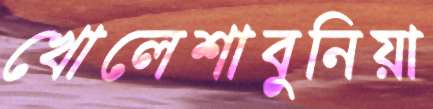
খোলেশাবুনিয়া